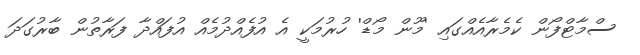
ސްމާޓްފޯން ކެމެރާއެއްގައި 'މޫން މޯޑް' ހުރުމަކީ އެ އުފެއްދުމެއް އުފައްދާ ފަރާތުން ބާރުގަދަ